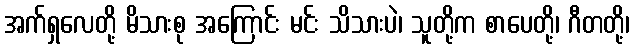
အက်ရှလေတို့ မိသားစု အကြောင်း မင်း သိသားပဲ၊ သူတို့က စာပေတို့၊ ဂီတတို့၊